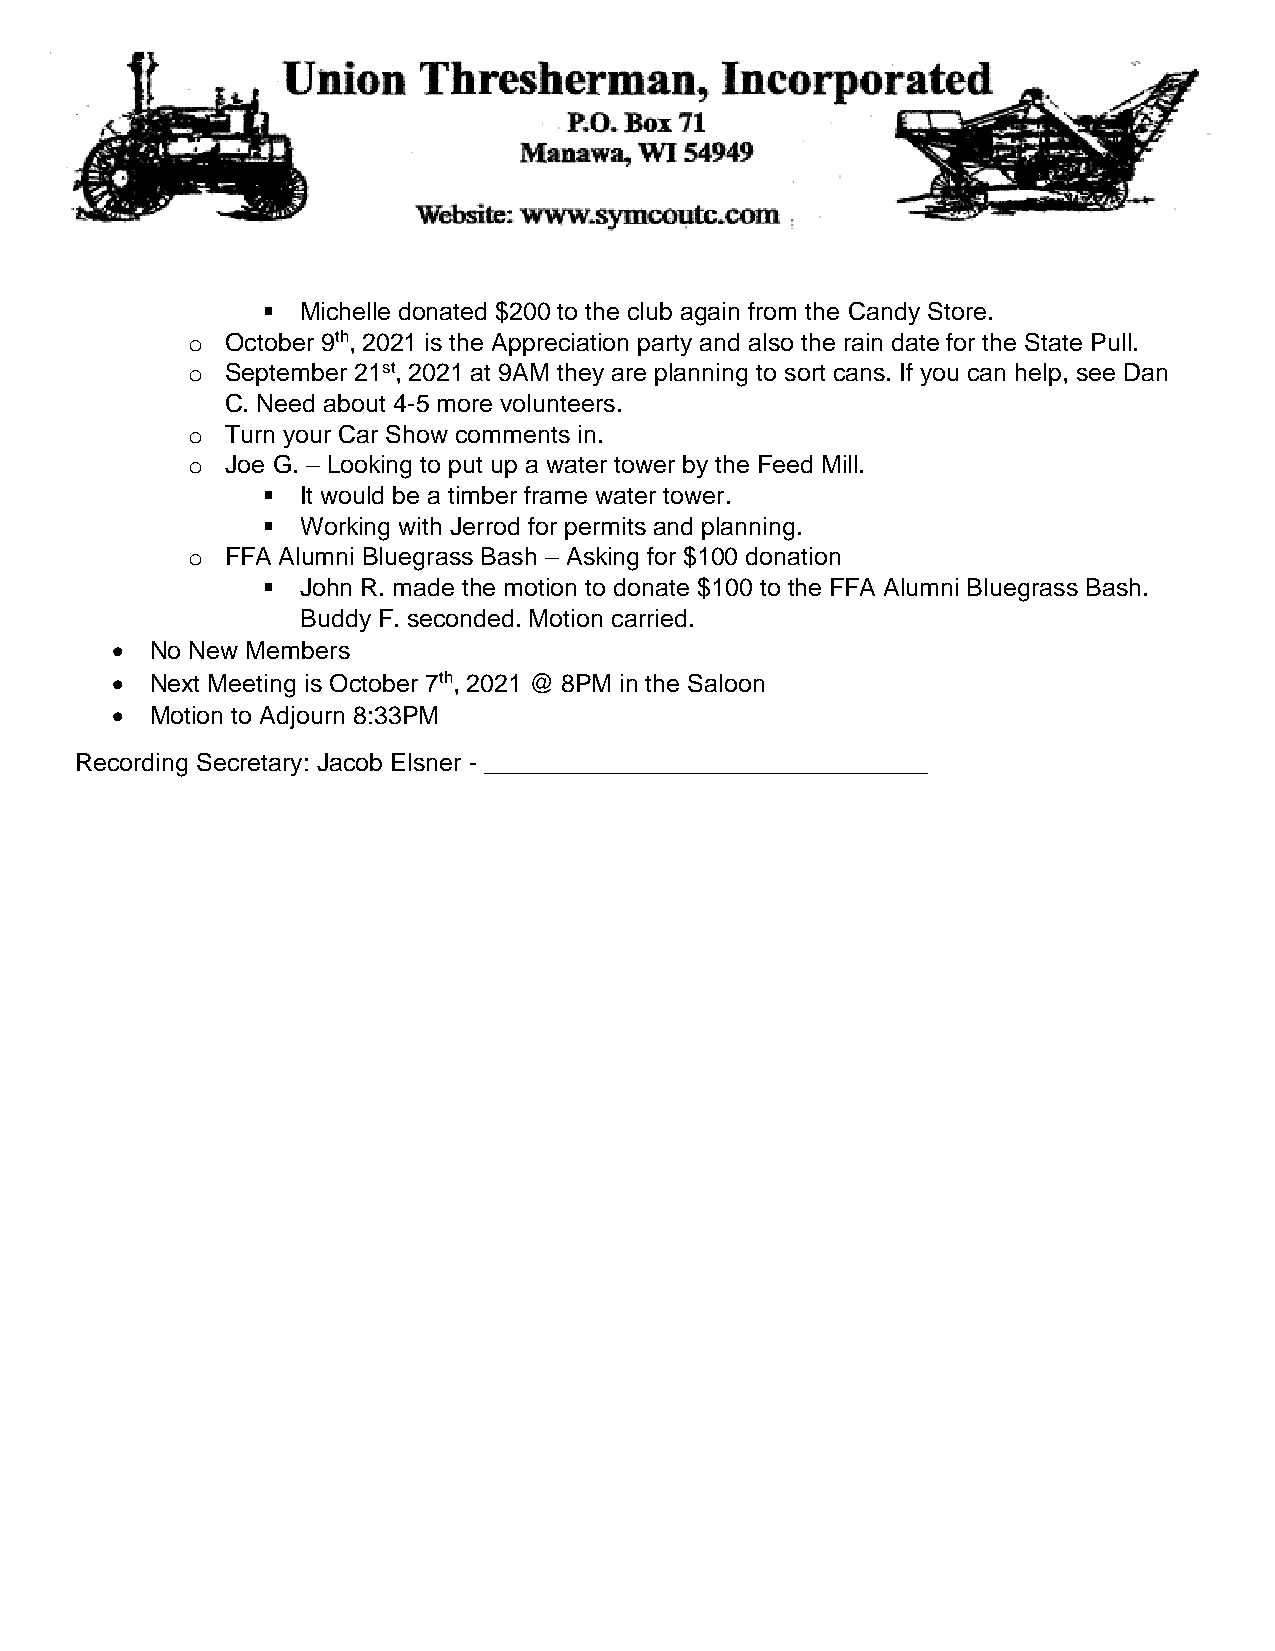
  Michelle donated $200 to the club again from the Candy Store.
 o  October 9th, 2021 is the Appreciation party and also the rain date for the State Pull.
 o  September 21st, 2021 at 9AM they are planning to sort cans. If you can help, see Dan
 C. Need about 4-5 more volunteers.
 o  Turn your Car Show comments in.
 o  Joe G. – Looking to put up a water tower by the Feed Mill.
   It would be a timber frame water tower.
   Working with Jerrod for permits and planning.
 o  FFA Alumni Bluegrass Bash – Asking for $100 donation
   John R. made the motion to donate $100 to the FFA Alumni Bluegrass Bash.
 Buddy F. seconded. Motion carried.
   No New Members
   Next Meeting is October 7th, 2021 @ 8PM in the Saloon
   Motion to Adjourn 8:33PM
 Recording Secretary: Jacob Elsner - ________________________________